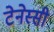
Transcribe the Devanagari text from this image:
टेनेस्सी